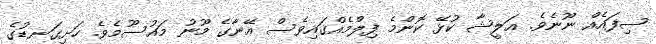
ސިފައެއް ނޫނެވެ. އަލީޝާ ކުޅޭ ކޮންމެ ފިލްމެއްގައިވެސް އޭނާގެ މޫނު މައުސޫމެވެ. ހަށިގަނޑުގެ